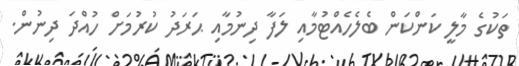
ތަކުގެ މާލީ ކަންކަން ބެލެހެއްޓުމާއި ލަފާ ދިނުމާއި ޙަރަދު ކުރުމަށް ހުއްދަ ދިނުން.